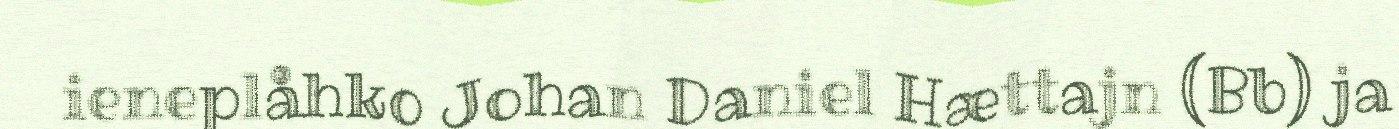
ieneplåhko Johan Daniel Hættajn (Bb) ja